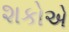
શકોએ